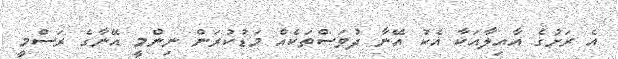
އެ ރަށުގެ އާއިލާއަކާ އެކު އޭނާ ދުވަސްތަކެއް މަޑުކުރަން ނިންމީ އޭނާގެ ރަސްމީ